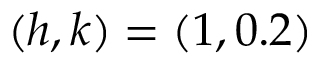
( h , k ) = ( 1 , 0 . 2 )